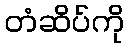
တံဆိပ်ကို